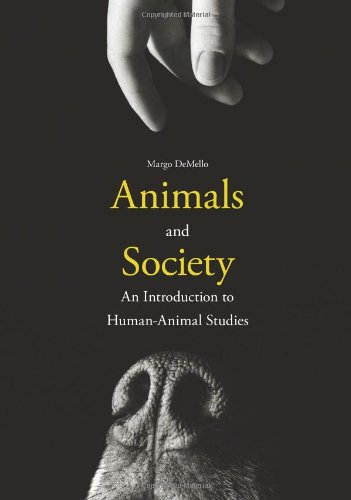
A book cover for Animals and Society: An Introduction to Human-Animal Studies; Margo DeMello; Science & Math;